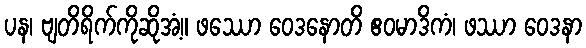
ပန၊ ဗျတိရိက်ကိုဆိုအံ့။ ဖဿော ဝေဒနောတိ ဧဝမာဒိကံ၊ ဖဿာ ဝေဒနာ